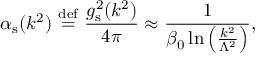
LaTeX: \alpha _ { \mathrm { s } } ( k ^ { 2 } ) \ { \stackrel { \mathrm { d e f } } { = } } \ { \frac { g _ { \mathrm { s } } ^ { 2 } ( k ^ { 2 } ) } { 4 \pi } } \approx { \frac { 1 } { \beta _ { 0 } \ln \left( { \frac { k ^ { 2 } } { \Lambda ^ { 2 } } } \right) } } ,